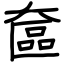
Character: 奩